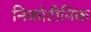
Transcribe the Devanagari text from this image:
निकोटीनिक